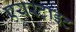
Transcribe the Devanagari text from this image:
एयरटाइट